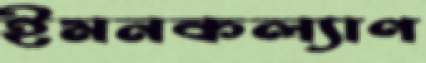
ইমনকল্যাণ